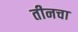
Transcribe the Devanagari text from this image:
तीनचा